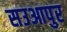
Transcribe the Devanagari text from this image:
सउआपुर